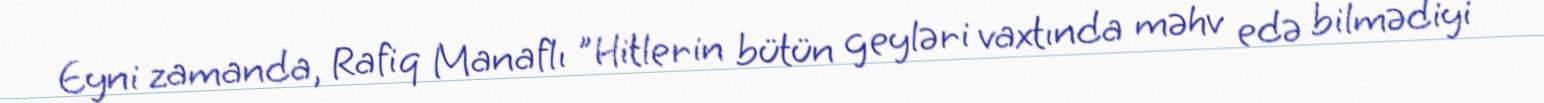
Eyni zamanda, Rafiq Manaflı "Hitlerin bütün geyləri vaxtında məhv edə bilmədiyi